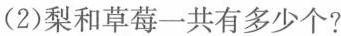
(2)梨和草莓一共有多少个?